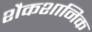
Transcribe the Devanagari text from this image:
शैकशानिक